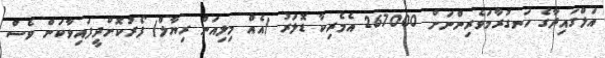
އަލްގައިދާގެ ހަނގުރާމަވެރިންނަށް 267000 އެމެރިކާ ޑޮލަރު (އެއް މިލިއަން ރިޔާލް) ފޯރުކޮށްދީފައިވާކަން ވެސް